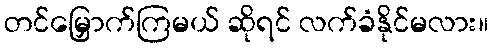
တင်မြှောက်ကြမယ် ဆိုရင် လက်ခံနိုင်မလား။